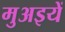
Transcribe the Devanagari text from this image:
मुअइयें